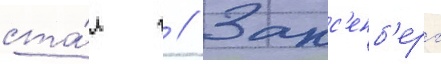
ста́л г // Закс'енб'ерг